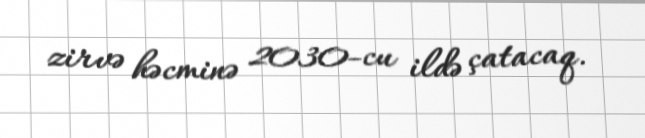
zirvə həcminə 2030-cu ildə çatacaq.